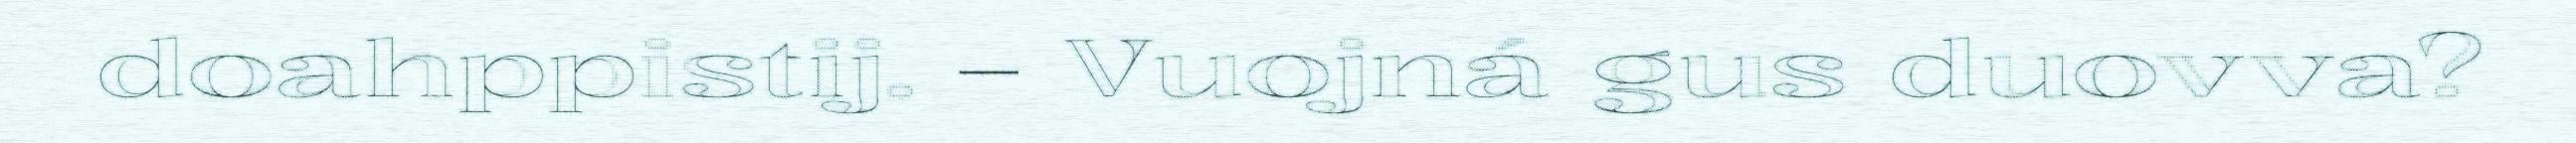
doahppistij. – Vuojná gus duovva?